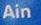
ain